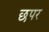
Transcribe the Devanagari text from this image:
छपर